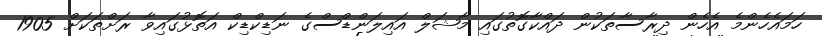
ހަމައެހެންމެ އެހެން ދިރާސާތަކުން ދައްކާގޮތުގައި މާޝަލް އައިލަންޑްސްގެ ނަޑިކްޑިކް އަތޮޅުގައިވާ ރަށްތަކަށް 1905